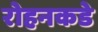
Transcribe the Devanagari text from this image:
रोहनकडे